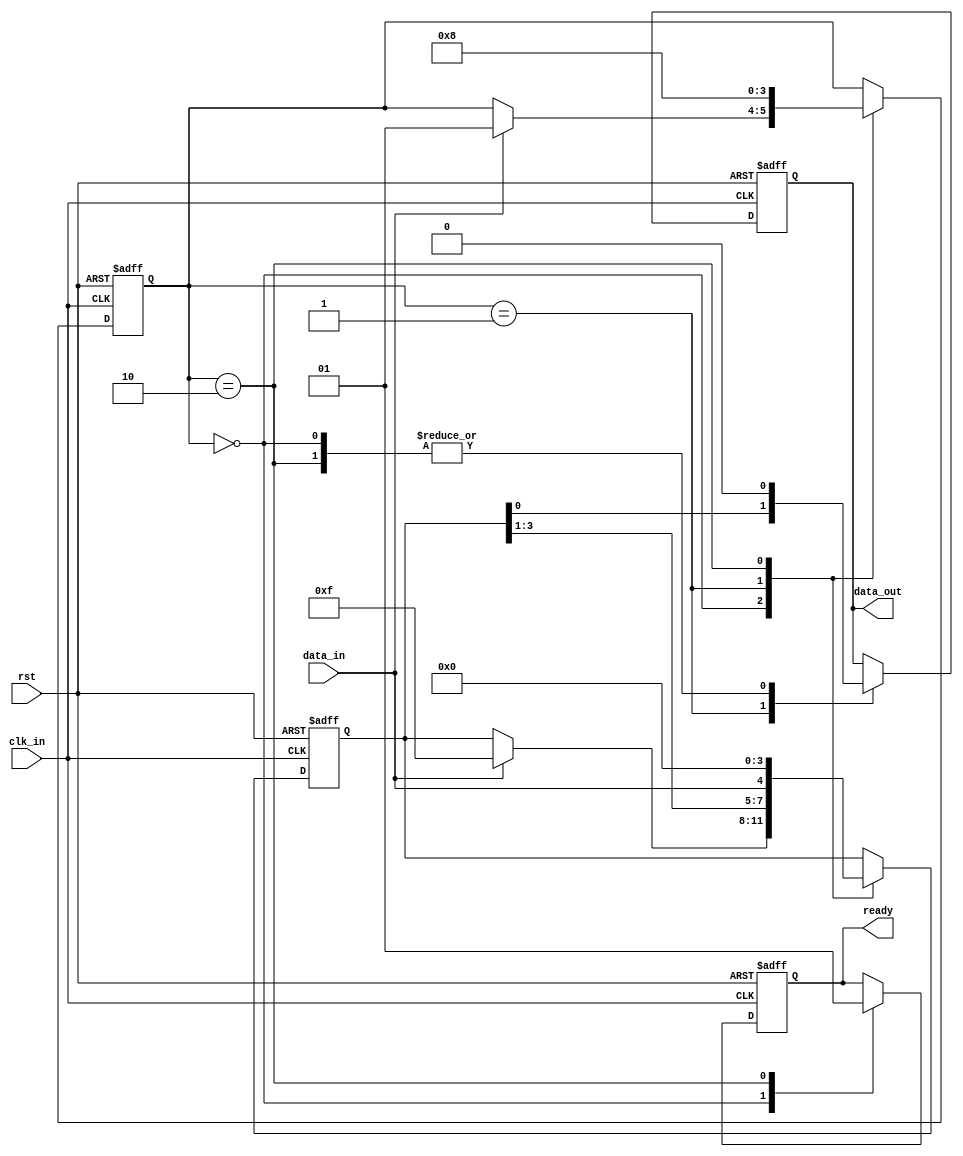
module synchronizer (
    input wire data_in,
    input wire clk_in,
    input wire rst,
    output reg data_out,
    output reg ready
);

reg [1:0] state;
reg [3:0] sync_data_reg;

parameter IDLE = 2'b00;
parameter SYNC = 2'b01;
parameter READY = 2'b10;

always @ (posedge clk_in or posedge rst)
begin
    if (rst) begin
        data_out <= 1'b0;
        ready <= 1'b0;
        state <= IDLE;
        sync_data_reg <= 4'b0;
    end
    else begin
        case (state)
            IDLE: begin
                data_out <= 1'b0;
                ready <= 1'b0;
                if (data_in) begin
                    state <= SYNC;
                    sync_data_reg <= {data_in, data_in, data_in, data_in};
                end
            end
            SYNC: begin
                data_out <= sync_data_reg[0];
                sync_data_reg <= {sync_data_reg[3:1], data_in};
                state <= READY;
            end
            READY: begin
                data_out <= 1'b0;
                ready <= 1'b1;
                state <= IDLE;
                sync_data_reg <= 4'b0;
            end
        endcase
    end
end

endmodule